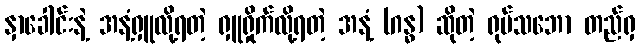
နှာခေါင်းနဲ့ အနံ့ရှူလို့ရတဲ့ ရှူရှိုက်လို့ရတဲ့ အနံ့ (ဂန္ဓ) ဆိုတဲ့ ရုပ်သဘော တည်ရှ